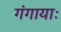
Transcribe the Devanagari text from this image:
गंगायाः